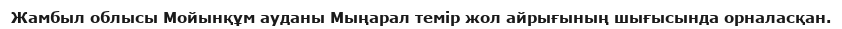
Жамбыл облысы Мойынқұм ауданы Мыңарал темір жол айрығының шығысында орналасқан.